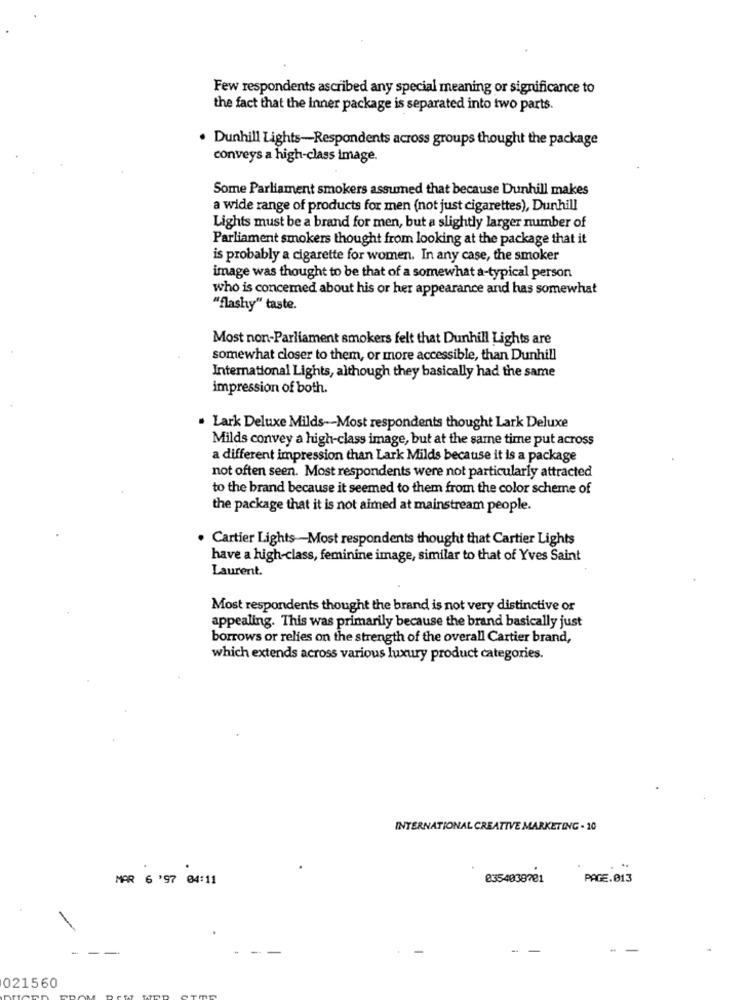
Few respondents ascribed any special meaning or significance to
the fact that the Inner package is separated into two parts.
. Dunhill Lights-Respondents across groups thought the package
conveys a high-class image.
Some Parliament smokers assumed that because Dunhill makes
a wide range of products for men (not just cigarettes), Dunhill
Lights must be a brand for men, but a slightly larger number of
Parliament smokers thought from looking at the package that it
is probably a cigarette for women. In any case, the smoker
image was thought to be that of a somewhat a-typical person
who is concemed about his or her appearance and has somewhat
"flashy" taste.
Most non-Parliament smokers felt that Dunhill Lights are
somewhat closer to them, or more accessible, than Dunhill
International Lights, although they basically had the same
impression of both.
. Lark Deluxe Milds -- Most respondents thought Lark Deluxe
Milds convey a high-class image, but at the same time put across
a different impression than Lark Milds because it is a package
not often seen. Most respondents were not particularly attracted
to the brand because it seemed to them from the color scheme of
the package that it is not aimed at mainstream people.
Cartier Lights-Most respondents thought that Cartier Lights
have a high-class, feminine image, similar to that of Yves Saint
Laurent.
Most respondents thought the brand is not very distinctive or
appealing. This was primarily because the brand basically just
borrows or relies on the strength of the overall Cartier brand,
which extends across various luxury product categories.
INTERNATIONAL CREATIVE MARKETING - 10
.
MAR 6 '97 04:11
0354038781
PAGE.013
--
021560